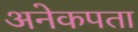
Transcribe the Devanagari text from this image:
अनेकपता